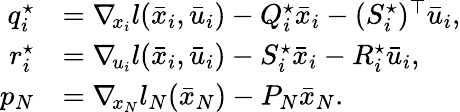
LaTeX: \begin{array}{rl}{q_{i}^{\star}}&{=\nabla_{\! x_{i}}l(\bar{x}_{i},\bar{u}_{i})-Q_{i}^{\star}\bar{x}_{i}-(S_{i}^{\star})^{\top}\bar{u}_{i},}\\ {r_{i}^{\star}}&{=\nabla_{\! u_{i}}l(\bar{x}_{i},\bar{u}_{i})-S_{i}^{\star}\bar{x}_{i}-R_{i}^{\star}\bar{u}_{i},}\\ {p_{N}}&{=\nabla_{\! x_{N}}l_{N}(\bar{x}_{N})-P_{N}\bar{x}_{N}.}\end{array}